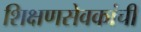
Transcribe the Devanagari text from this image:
शिक्षणसेवकांची